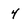
Character: 4